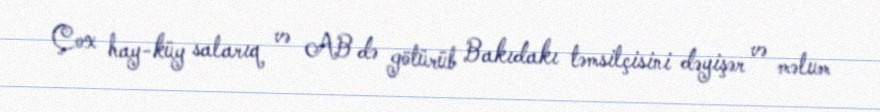
Çox hay-küy salarıq və AB də götürüb Bakıdakı təmsilçisini dəyişər və məlum